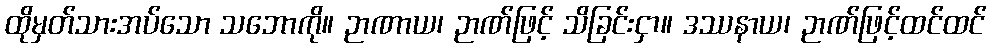
ထိုမှတ်သားအပ်သော သဘောကို။ ဉာဏာယ၊ ဉာဏ်ဖြင့် သိခြင်းငှာ။ ဒဿနာယ၊ ဉာဏ်ဖြင့်ထင်ထင်